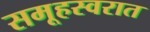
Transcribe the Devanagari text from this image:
समूहस्वरात